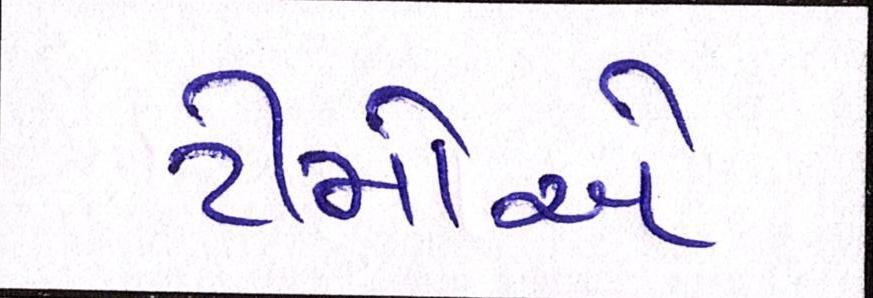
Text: ટીમોએ